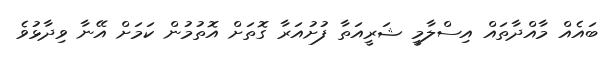
ބައެއް މާއްދާތައް އިސްލާމީ ޝަރީއަތާ ފުށުއަރާ ގޮތަށް އޮތުމުން ކަމަށް އޭނާ ވިދާޅުވެ